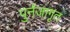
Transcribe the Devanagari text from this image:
पुर्नजागृत